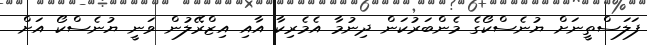
ފަލަސްތީނަށް ޔުނެސްކޯގެ މެންބަރުކަން ދިނުމާ އެމެރިކާ އާއި އިޒްރޭލުން ވަނީ ޔުނެސްކޯ އަށް